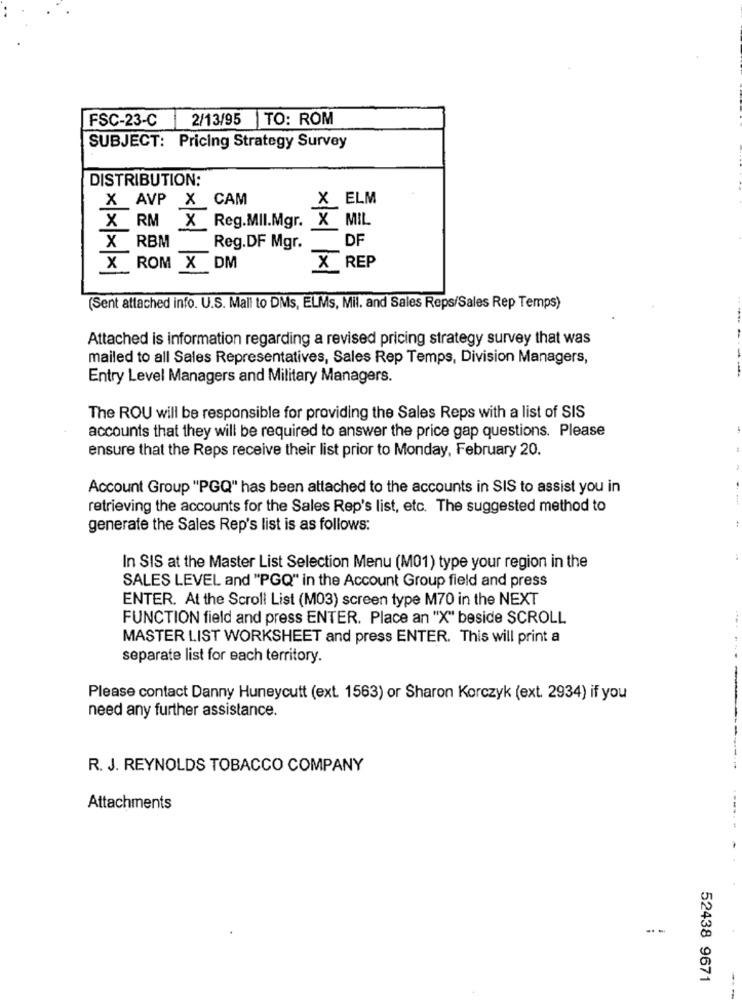
FSC-23-C
2/13/95 TO: ROM
SUBJECT: Pricing Strategy Survey
DISTRIBUTION:
X AVP X CAM
X ELM
X RM X Reg.MII.Mgr. X MIL
X RBM
Reg.DF Mgr.
DF
X ROM X DM
X REP
(Sent attached info. U.S. Mall to DMs, ELMs, Mil. and Sales Reps/Sales Rep Temps)
Attached is information regarding a revised pricing strategy survey that was
mailed to all Sales Representatives, Sales Rep Temps, Division Managers,
Entry Level Managers and Military Managers.
The ROU will be responsible for providing the Sales Reps with a list of SIS
accounts that they will be required to answer the price gap questions. Please
ensure that the Reps receive their list prior to Monday, February 20.
Account Group "PGQ" has been attached to the accounts in SIS to assist you in
retrieving the accounts for the Sales Rep's list, etc. The suggested method to
generate the Sales Rep's list is as follows:
In SIS at the Master List Selection Menu (M01) type your region in the
SALES LEVEL and "PGQ" in the Account Group field and press
ENTER. At the Scroll List (M03) screen type M70 in the NEXT
FUNCTION field and press ENTER. Place an "X" beside SCROLL
MASTER LIST WORKSHEET and press ENTER. This will print a
separate list for each territory.
Please contact Danny Huneycutt (ext. 1563) or Sharon Korczyk (ext. 2934) if you
need any further assistance.
R. J. REYNOLDS TOBACCO COMPANY
Attachments
-----
- -
52438 9671